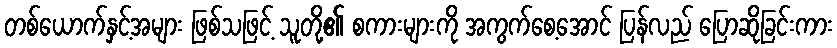
တစ်ယောက်နှင့်အများ ဖြစ်သဖြင့် သူတို့၏ စကားများကို အကွက်စေ့အောင် ပြန်လည် ပြောဆိုခြင်းကား